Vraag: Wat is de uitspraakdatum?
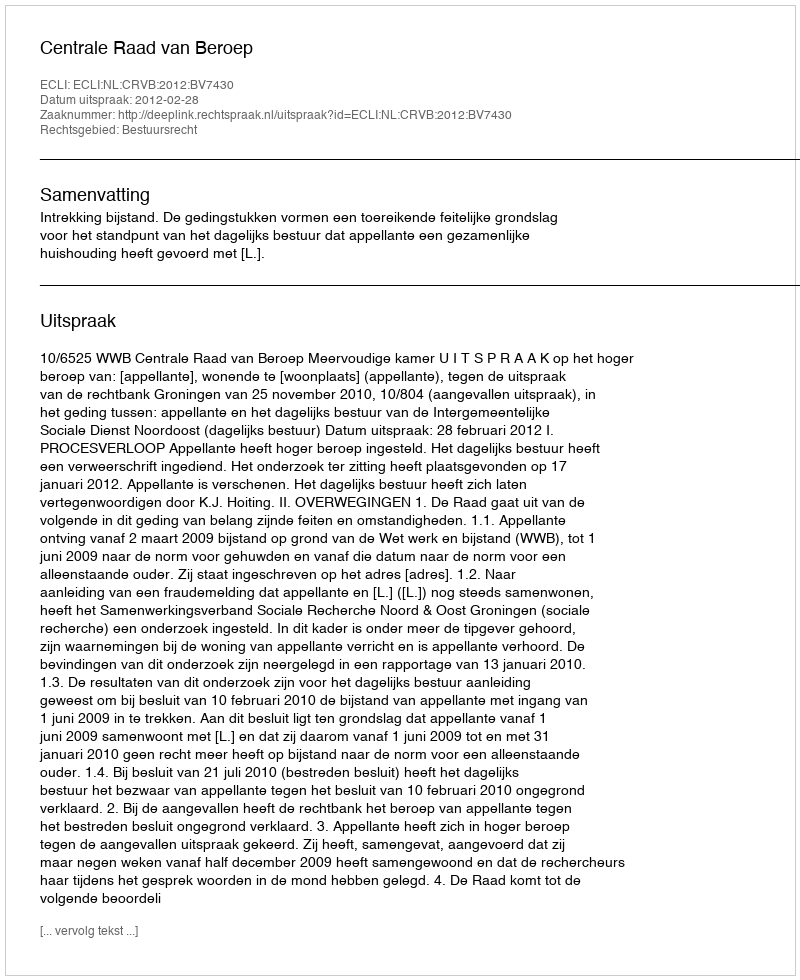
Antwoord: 2012-02-28